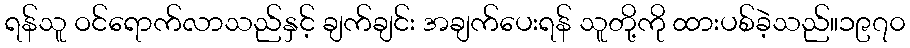
ရန်သူ ဝင်ရောက်လာသည်နှင့် ချက်ချင်း အချက်ပေးရန် သူတို့ကို ထားပစ်ခဲ့သည်။၁၉၇၀